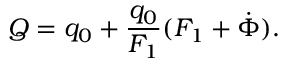
Q = q _ { 0 } + \frac { q _ { 0 } } { F _ { 1 } } ( F _ { 1 } + \dot { \Phi } ) .